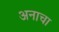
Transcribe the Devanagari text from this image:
अनाचा